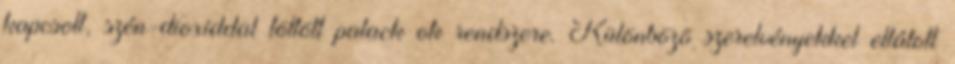
kapcsolt, szén-dioxiddal töltött palack ok rendszere. Különbözõ szerelvényekkel ellátott